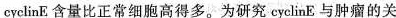
cyclinE 含量比正常细胞高得多。为研究cyclinE 与肿瘤的关